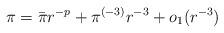
LaTeX: \begin{align*} \pi=\bar{\pi} r^{-p}+\pi^{(-3)}r^{-3}+o_1(r^{-3})\end{align*}